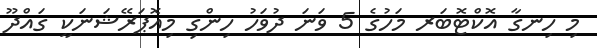
މި ހިނގާ އޮކްޓޮބަރ މަހުގެ 5 ވަނަ ދުވަހު ހިންގި މިއޮޕަރޭޝަނަކީ ގައްދޫ